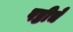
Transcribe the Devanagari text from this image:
षष्ठीचे